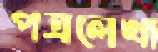
পত্রলেখা